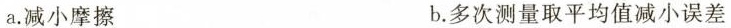
a.减小摩擦 b.多次测量取平均值减小误差